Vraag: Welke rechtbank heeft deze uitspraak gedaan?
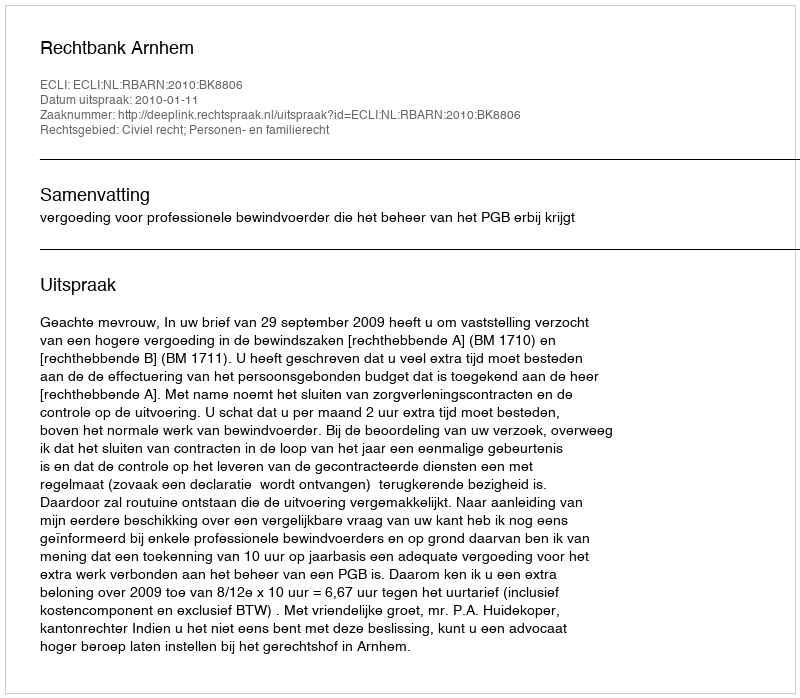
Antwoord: Rechtbank Arnhem